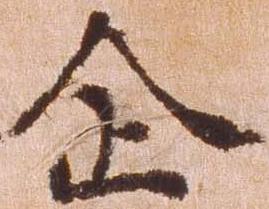
企